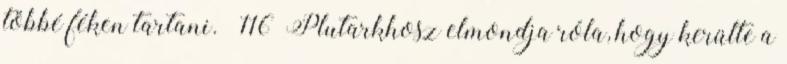
többé féken tartani.” 116 Plutarkhosz elmondja róla, hogy kerülte a